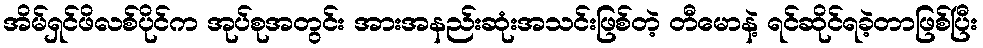
အိမ်ရှင်ဖိလစ်ပိုင်က အုပ်စုအတွင်း အားအနည်းဆုံးအသင်းဖြစ်တဲ့ တီမောနဲ့ ရင်ဆိုင်ရခဲ့တာဖြစ်ပြီး